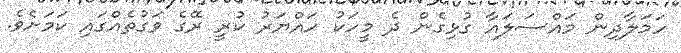
ހަމަލާދިން މައްސަލައާ ގުޅިގެން ދެ މީހަކު ހައްޔަރު ކުރީ ރޭގެ ވަގުތެއްގައި ކަމަށެވެ.